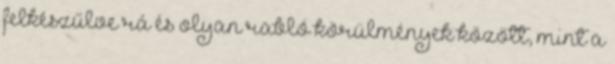
felkészűlve rá és olyan rabló körülmények között, mint a